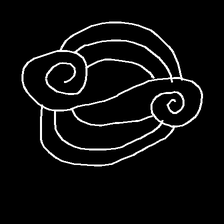
Glyph: wind-underfoot